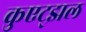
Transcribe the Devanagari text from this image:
कुएट्झल